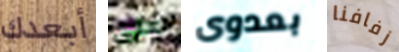
أبعدك على بعدوى زفافنا